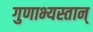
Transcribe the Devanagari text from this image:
गुणाभ्यस्तान्